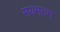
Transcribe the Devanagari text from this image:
मयमतम्